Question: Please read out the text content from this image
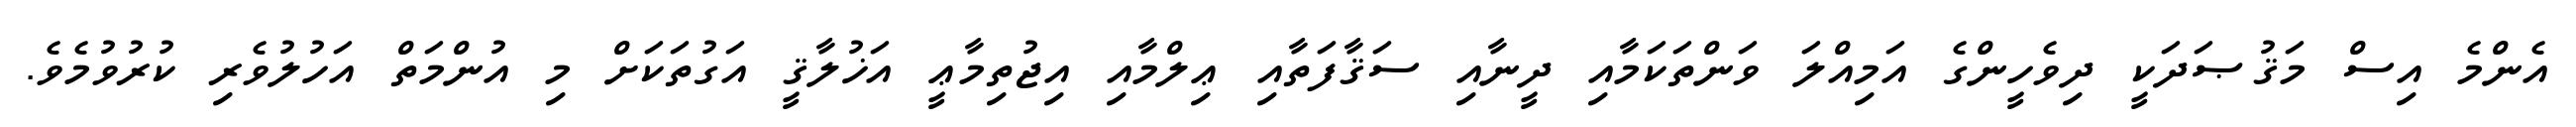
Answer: އެންމެ އިސް މަޤުޞަދަކީ ދިވެހީންގެ އަމިއްލަ ވަންތަކަމާއި ދީނާއި ސަޤާފަތާއި ޢިލްމާއި އިޖުތިމާޢީ އަޚުލާޤީ އަގުތަކަށް މި އުންމަތް އަހުލުވެރި ކުރުވުމެވެ.